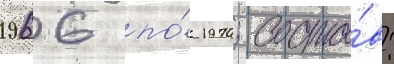
1966 по́ 1970; соста́в: